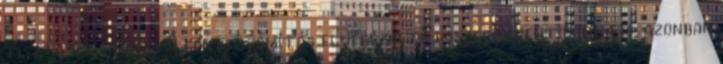
tiszta káliummal. A fenti számítás elvégezhető foszfor-pentoxidra is, azonban